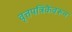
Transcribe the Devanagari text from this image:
वृत्तपत्रिकेवरून